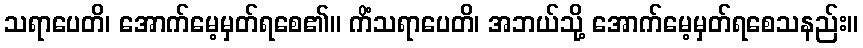
သရာပေတိ၊ အောက်မေ့မှတ်ရစေ၏။ ကိံသရာပေတိ၊ အဘယ်သို့ အောက်မေ့မှတ်ရစေသနည်း။